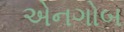
એનગોબ